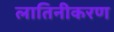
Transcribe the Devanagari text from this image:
लातिनीकरण